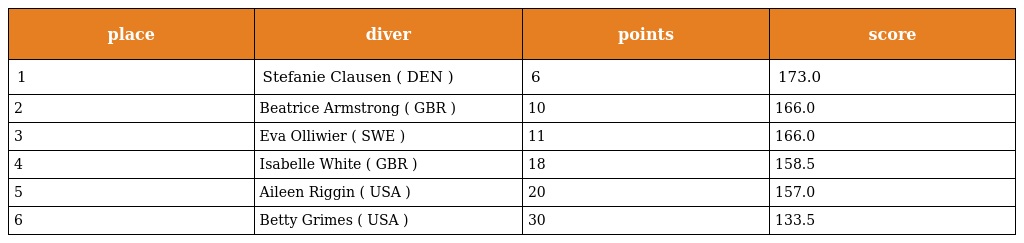
| place | diver | points | score |
 | --- | --- | --- | --- |
 | 1 | Stefanie Clausen ( DEN ) | 6 | 173.0 |
 | 2 | Beatrice Armstrong ( GBR ) | 10 | 166.0 |
 | 3 | Eva Olliwier ( SWE ) | 11 | 166.0 |
 | 4 | Isabelle White ( GBR ) | 18 | 158.5 |
 | 5 | Aileen Riggin ( USA ) | 20 | 157.0 |
 | 6 | Betty Grimes ( USA ) | 30 | 133.5 |